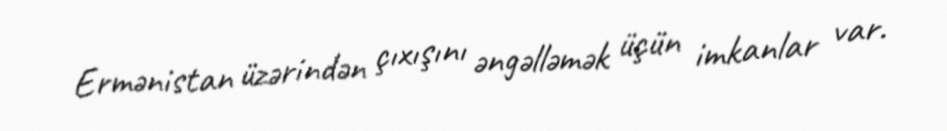
Ermənistan üzərindən çıxışını əngəlləmək üçün imkanlar var.